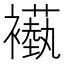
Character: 𬡵